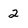
Character: 2